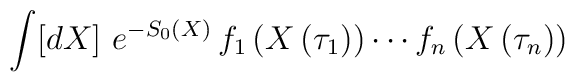
\int [dX]\ e^{-S_{0} \left( X\right) } \, f_{1} \left( X\left( \tau _{1} \right) \right) \cdots f_{n} \left( X\left( \tau _{n} \right) \right)